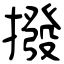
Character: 撥